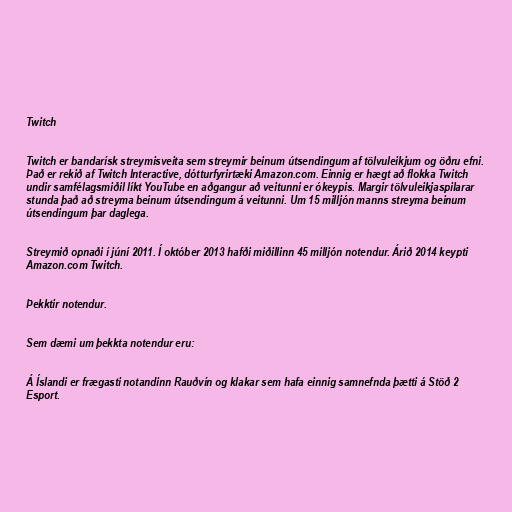
Twitch

Twitch er bandarísk streymisveita sem streymir beinum útsendingum af tölvuleikjum og öðru efni.
Það er rekið af Twitch Interactive, dótturfyrirtæki Amazon.com. Einnig er hægt að flokka Twitch
undir samfélagsmiðil líkt YouTube en aðgangur að veitunni er ókeypis. Margir tölvuleikjaspilarar
stunda það að streyma beinum útsendingum á veitunni. Um 15 milljón manns streyma beinum
útsendingum þar daglega.

Streymið opnaði í júní 2011. Í október 2013 hafði miðillinn 45 milljón notendur. Árið 2014 keypti
Amazon.com Twitch.

Þekktir notendur.

Sem dæmi um þekkta notendur eru:

Á Íslandi er frægasti notandinn Rauðvín og klakar sem hafa einnig samnefnda þætti á Stöð 2
Esport.